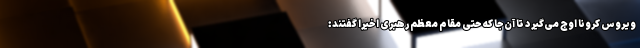
ویروس کرونا اوج می‌گیرد تا آن‌جا که حتی مقام معظم رهبری اخیرا گفتند: